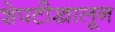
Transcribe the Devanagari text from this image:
शेपटीखालून